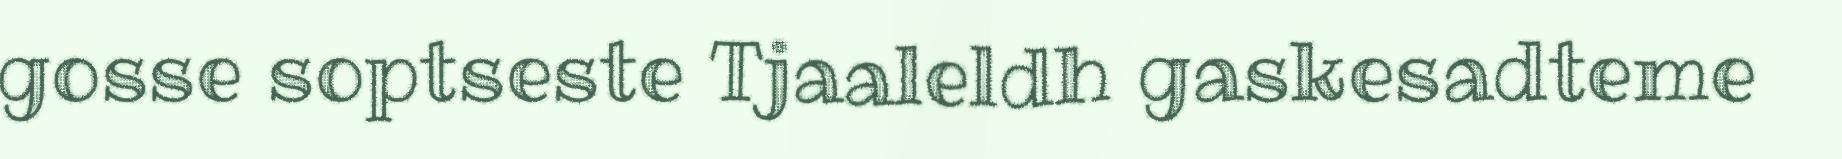
gosse soptseste Tjaaleldh gaskesadteme